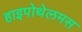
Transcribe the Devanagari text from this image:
हाइपोथेलमस